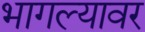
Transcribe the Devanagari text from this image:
भागल्यावर